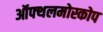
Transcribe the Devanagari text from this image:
ऑफ्थलमोस्कोप